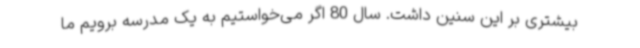
بیشتری بر این سنین داشت. سال 80 اگر می‌خواستیم به یک مدرسه برویم ما